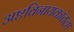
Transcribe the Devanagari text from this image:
अष्टविनायकांतला